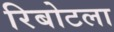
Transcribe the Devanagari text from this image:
रिबोटला